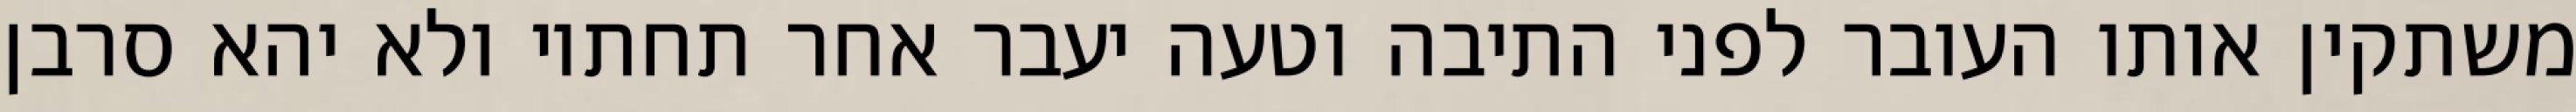
משתקין אותו העובר לפני התיבה וטעה יעבר אחר תחתיו ולא יהא סרבן